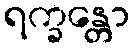
ရက္ခန္တော